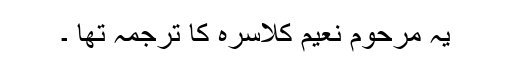
یہ مرحوم نعیم کلاسرہ کا ترجمہ تھا ۔